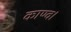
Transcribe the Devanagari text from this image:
काण्व।